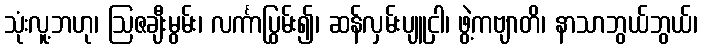
သုံးလူ့ဘဟု၊ ဩဇချီးမွမ်း၊ လင်္ကာပြွမ်း၍၊ ဆန်လှမ်းပျူငှါ၊ ဖွဲ့ကဗျာတိ၊ နာသာဘွယ်ဘွယ်၊